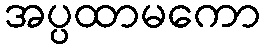
အပ္ပထာမကော